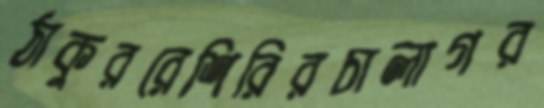
ঠাকুররেশিরিরচালাগর